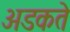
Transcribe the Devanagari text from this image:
अडकते